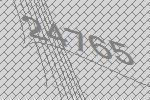
24765